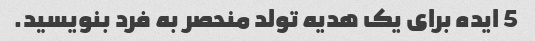
5 ایده برای یک هدیه تولد منحصر به فرد بنویسید.